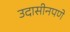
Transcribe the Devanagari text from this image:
उदासीनपणे